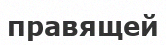
правящей